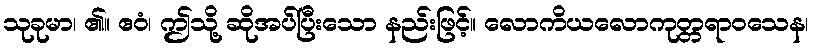
သုခုမာ၊ ၏။ ဧဝံ၊ ဤသို့ ဆိုအပ်ပြီးသော နည်းဖြင့်။ လောကိယလောကုတ္တရာဝသေန၊